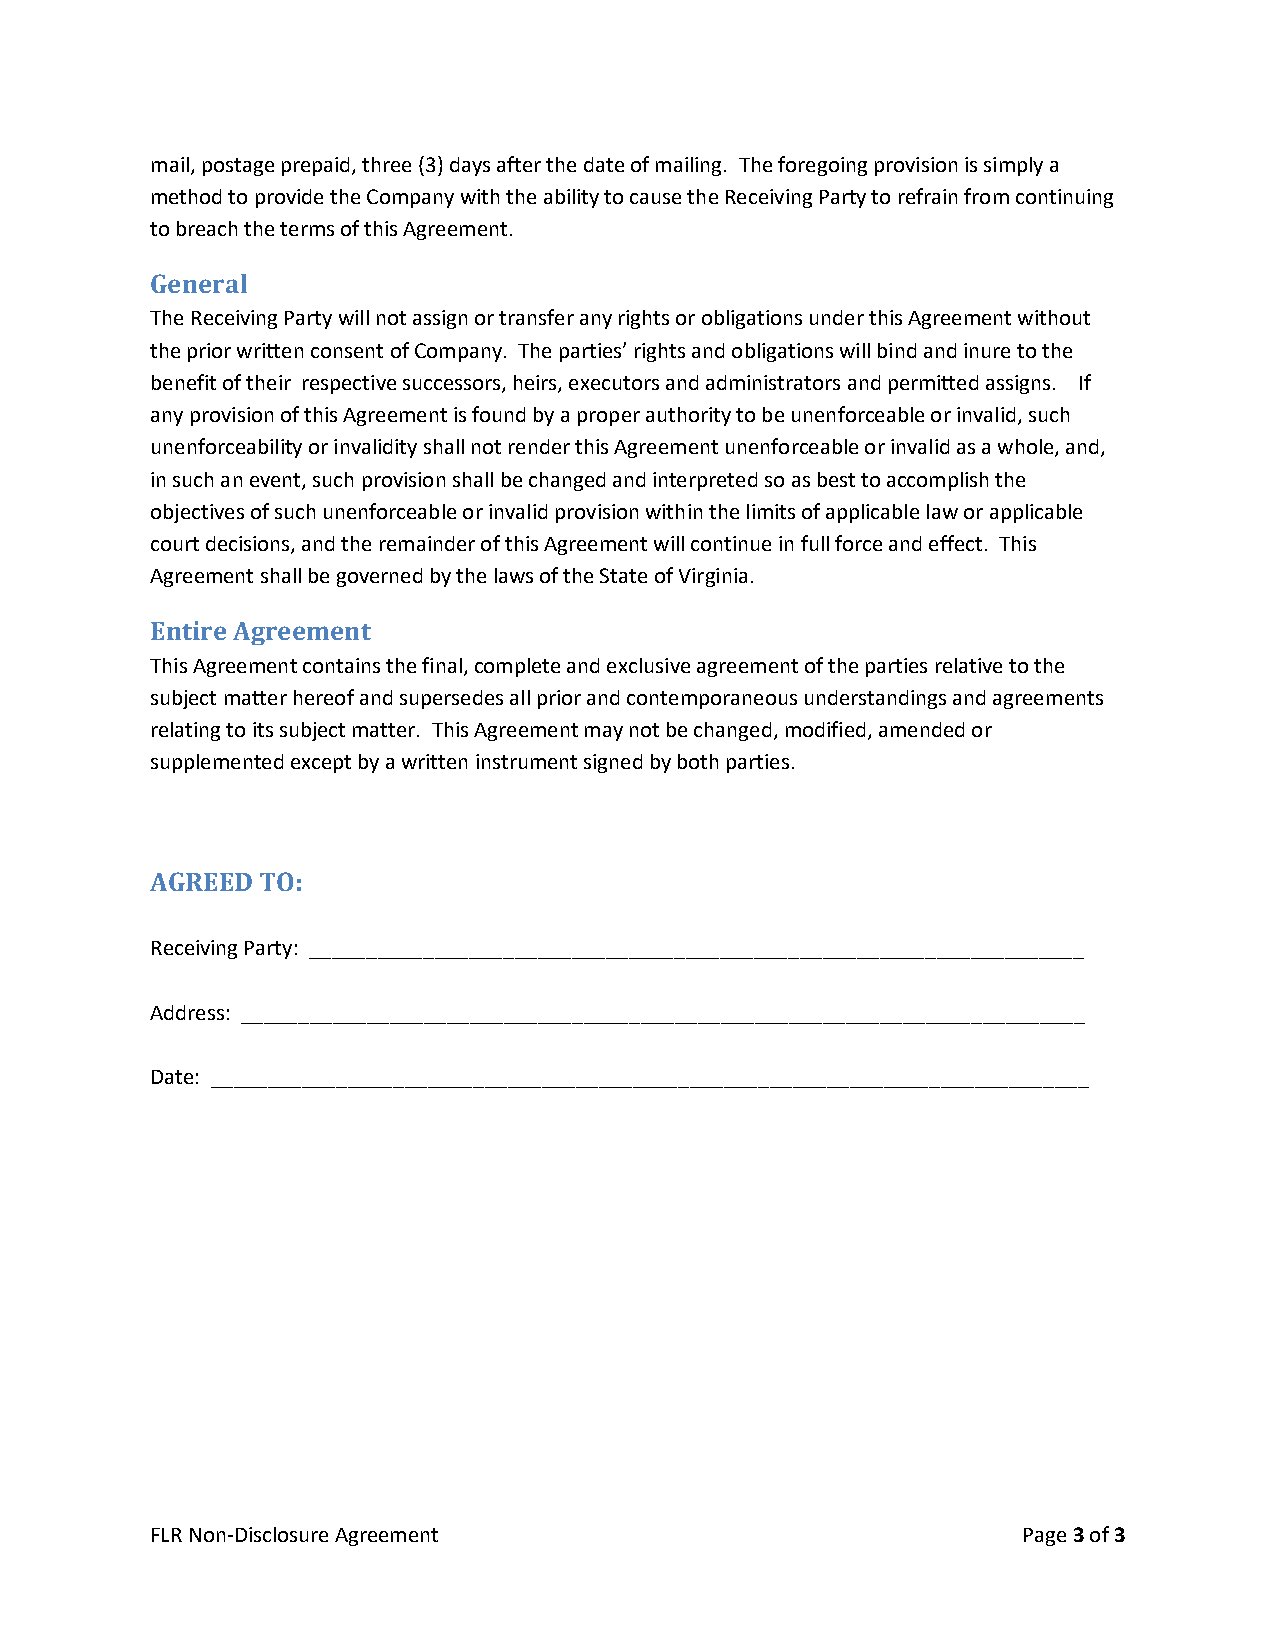
mail, postage prepaid, three (3) days after the date of mailing. The foregoing provision is simply a
 method to provide the Company with the ability to cause the Receiving Party to refrain from continuing
 to breach the terms of this Agreement.
 General
 The Receiving Party will not assign or transfer any rights or obligations under this Agreement without
 the prior written consent of Company. The parties’ rights and obligations will bind and inure to the
 benefit of their respective successors, heirs, executors and administrators and permitted assigns. If
 any provision of this Agreement is found by a proper authority to be unenforceable or invalid, such
 unenforceability or invalidity shall not render this Agreement unenforceable or invalid as a whole, and,
 in such an event, such provision shall be changed and interpreted so as best to accomplish the
 objectives of such unenforceable or invalid provision within the limits of applicable law or applicable
 court decisions, and the remainder of this Agreement will continue in full force and effect. This
 Agreement shall be governed by the laws of the State of Virginia.
 Entire Agreement
 This Agreement contains the final, complete and exclusive agreement of the parties relative to the
 subject matter hereof and supersedes all prior and contemporaneous understandings and agreements
 relating to its subject matter. This Agreement may not be changed, modified, amended or
 supplemented except by a written instrument signed by both parties.
 AGREED TO:
 Receiving Party: ____________________________________________________________________
 Address: __________________________________________________________________________
 Date: _____________________________________________________________________________
 FLR Non-Disclosure Agreement                              Page 3 of 3